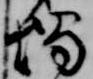
燭